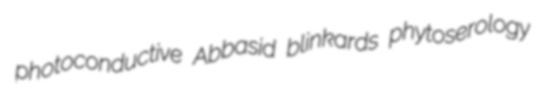
photoconductive Abbasid blinkards phytoserology